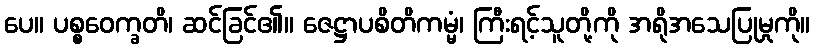
ပေ။ ပစ္စဝေက္ခတိ၊ ဆင်ခြင်၏။ ဇေဋ္ဌာပစိတိကမ္မံ၊ ကြီးရင့်သူတို့ကို အရိုအသေပြုမှုကို။